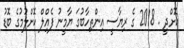
ކޮށްދީ . 2018 ގެ ރިޔާސީ އިންތިހާބުގަ ޔާމީނު ފެއްިލް ކޮށްލުމުގެ ބޮޑު